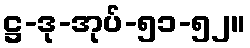
ဋ္ဌ-ဒု-အုပ်-၅၁-၅၂။